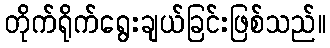
တိုက်ရိုက်ရွေးချယ်ခြင်းဖြစ်သည်။